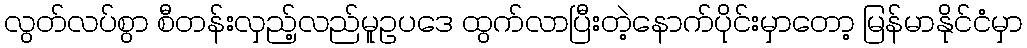
လွတ်လပ်စွာ စီတန်းလှည့်လည်မူဥပဒေ ထွက်လာပြီးတဲ့နောက်ပိုင်းမှာတော့ မြန်မာနိုင်ငံမှာ